Annual report on the working of the mental hospitals in the Madras Presidency - 1912-1932
Year: 1912
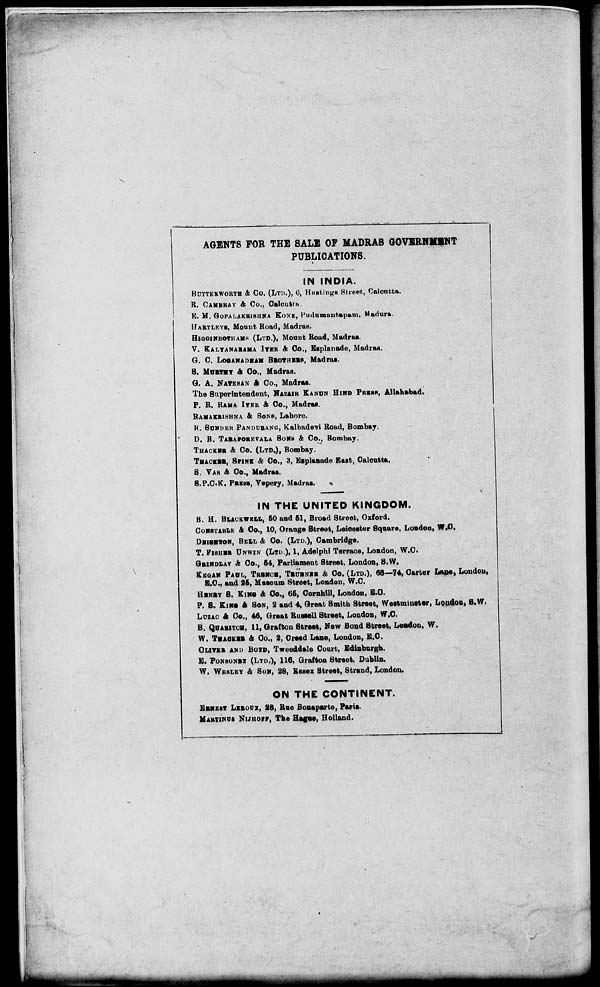
AGENTS FOR THE SALE OF MADRAS GOVERNMENT
PUBLICATIONS.
IN INDIA.
BUTTERWORTH & Co. (LTD.), 6, Hastings Street, Calcutta.
R.CAMBRAY& Co., Calcutta.
E. M. GOPALAKRISHNA KONE, Pudumautapam, Madura.
HARTLEYS, Mount Road, Madras.
HIGGINBOTHAMS (LTD.), Mount Road, Madras.
V. KALYANARAMA IYER &Co., Esplanade, Madras.
G. C. LOGANADHAM BROTHERS, Madras.
S. MURTHY &Co., Madras.
G. A. NATESAN & Co., Madras.
The Superintendent, NAZAIR KANUN HIND PRESS, Allahabad.
P. R. RAMA IYER & Co., Madras.
RAMAKRISHNA & SONS, Lahore.
K. SUNDER PANDURANG, Kalbadevi Road, Bombay.
D. B. TARAPOREVALA SONS & Co., Bombay.
THACKER & Co. (LTD.), Bombay.
THACKER, SPINK & Co., 3, Esplanade East, Calcutta.
S. VAS & Co., Madras.
S.P.C.K. PRESS, Vepery, Madras.
IN THE UNITED KINGDOM.
B. H. BLACKWELL, 50 and 51, Broad Street, Oxford.
CONSTABLE & Co., 10, Orange Street, Leicester Square, London, W.C.
DEIGETON, BELL & Co. (LTD.), Cambridge.
T. FISHER UNWIN (LTD.), 1, Adelphi Terrace, London, W.C.
GRINDLAY & Co., 54, Parliament 8treet, London, S.W.
KEGAN PAUL, TREBNCE, TRUBNER & Co. (LTD.), 68—74, Carter Lane , London,
E.C., and 25, Museum Street, London, W.C.
HENRY S. KING & Co., 65, Cornhill), London, E.C.
P. S. KING & SON, 2 and 4, Great Smith Street, Westminster, London, S.W.
LUZAK & Co., 46, Great Russell Street, London, W.O.
B. QUARITCH , 11, Grafton Street, New Bond Street, London, W.
W. THACKER & Co., 2, Creed Lane, London, 8.0.
OLIVER AND BOYD, Tweeddale Court, Edinburgh.
E. PONSONRY (LTD.), 116, Grafton Street, Dublin.
W. WESLEY & SON, 28, Essex Street, Strand, London.
ON THE CONTINENT.
ERNEST LEROUX, 28, Rue Bonaparte, Paris.
MARTINUS NIJHOFF, The Hague, Holland.